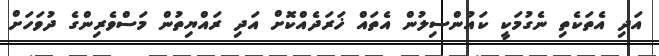
އަދި އެތަކެތި ނެގުމަކީ ކައުންސިލުން އެތައް ޚަރަދެއްކޮށް އަދި ރައްޔިތުން މަސްވެރިންގެ ދުވަހަށް